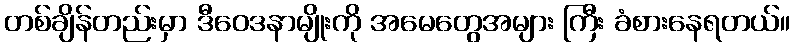
တစ်ချိန်တည်းမှာ ဒီဝေဒနာမျိုးကို အမေတွေအများ ကြီး ခံစားနေရတယ်။